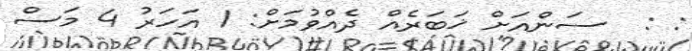
: :  ސަންއަށް ޚަބަރެއް ދެއްވުމަށް: 1 އަހަރު 4 މަސް